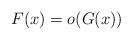
LaTeX: \begin{align*} F(x) = o(G(x))\end{align*}